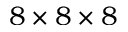
8 \times 8 \times 8